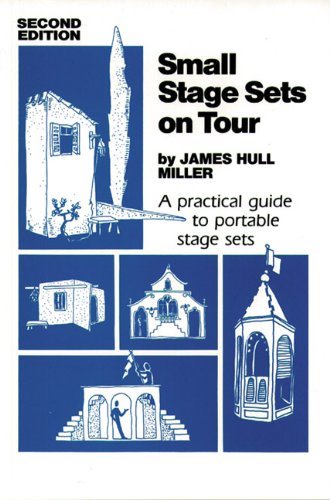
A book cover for Small Stage Sets on Tour: A Practical Guide to Portable Stage Sets; James Hull Miller; Humor & Entertainment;